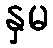
နှမ